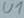
Text: U1